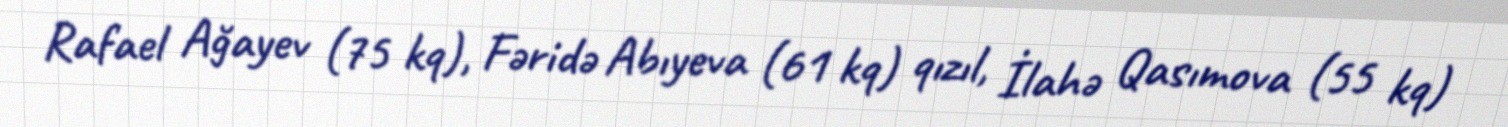
Rafael Ağayev (75 kq), Fəridə Abıyeva (61 kq) qızıl, İlahə Qasımova (55 kq)